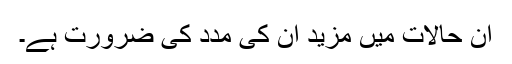
ان حالات میں مزید ان کی مدد کی ضرورت ہے۔